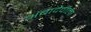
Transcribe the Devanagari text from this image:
अंबादेवीला